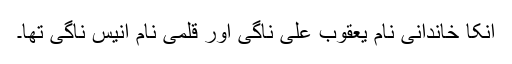
انکا خاندانی نام یعقوب علی ناگی اور قلمی نام انیس ناگی تھا۔